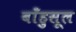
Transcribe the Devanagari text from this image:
बाँहुसूल